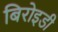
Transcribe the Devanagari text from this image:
बिरोइडी